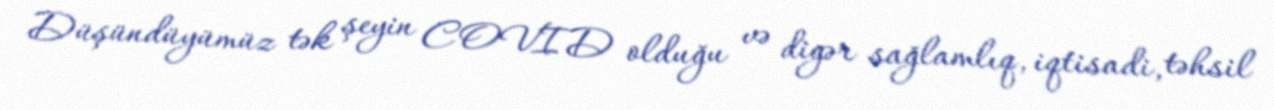
Düşündüyümüz tək şeyin COVID olduğu və digər sağlamlıq, iqtisadi, təhsil